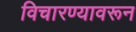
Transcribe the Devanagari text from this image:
विचारण्यावरून